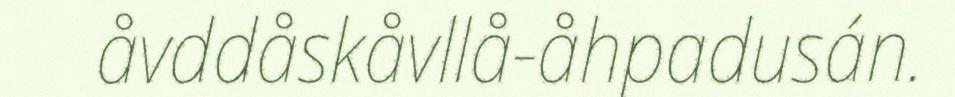
åvddåskåvllå-åhpadusán.